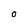
Character: O